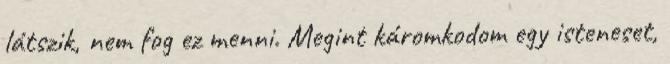
látszik, nem fog ez menni. Megint káromkodom egy isteneset,